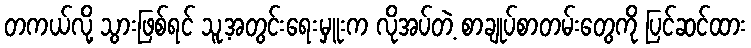
တကယ်လို့ သွားဖြစ်ရင် သူ့အတွင်းရေးမှူးက လိုအပ်တဲ့ စာချုပ်စာတမ်းတွေကို ပြင်ဆင်ထား